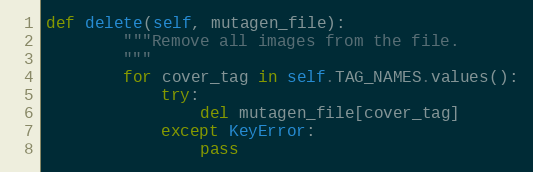
Language: Python
def delete(self, mutagen_file):
        """Remove all images from the file.
        """
        for cover_tag in self.TAG_NAMES.values():
            try:
                del mutagen_file[cover_tag]
            except KeyError:
                pass